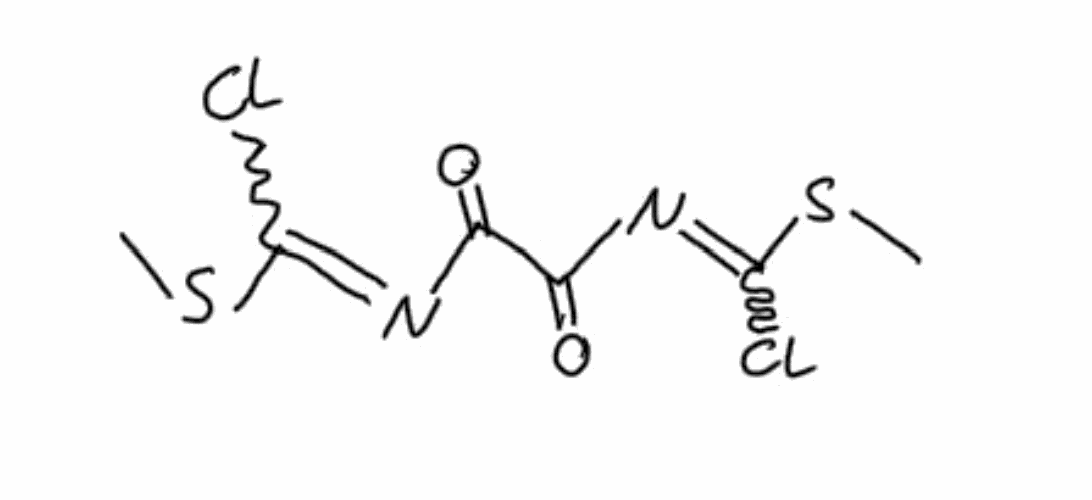
Simplified molecular-input line-entry system (SMILES) notation of the given molecule:
CSC(=NC(=O)C(=O)N=C(SC)Cl)Cl